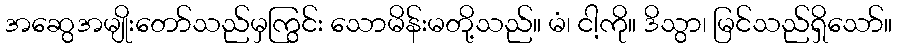
အဆွေအမျိုးတော်သည်မှကြွင်း သောမိန်းမတို့သည်။ မံ၊ ငါ့ကို။ ဒိသွာ၊ မြင်သည်ရှိသော်။